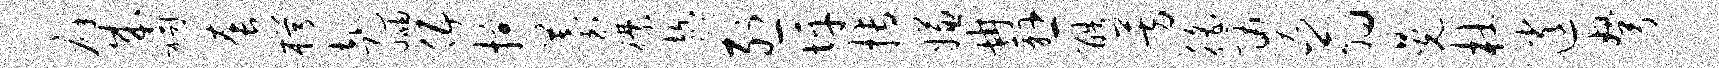
癖成祠套枵赴岫伍掠苔襟趁烈坪搏嫌冉悬酷芳徭勇翁晃杜逍弩